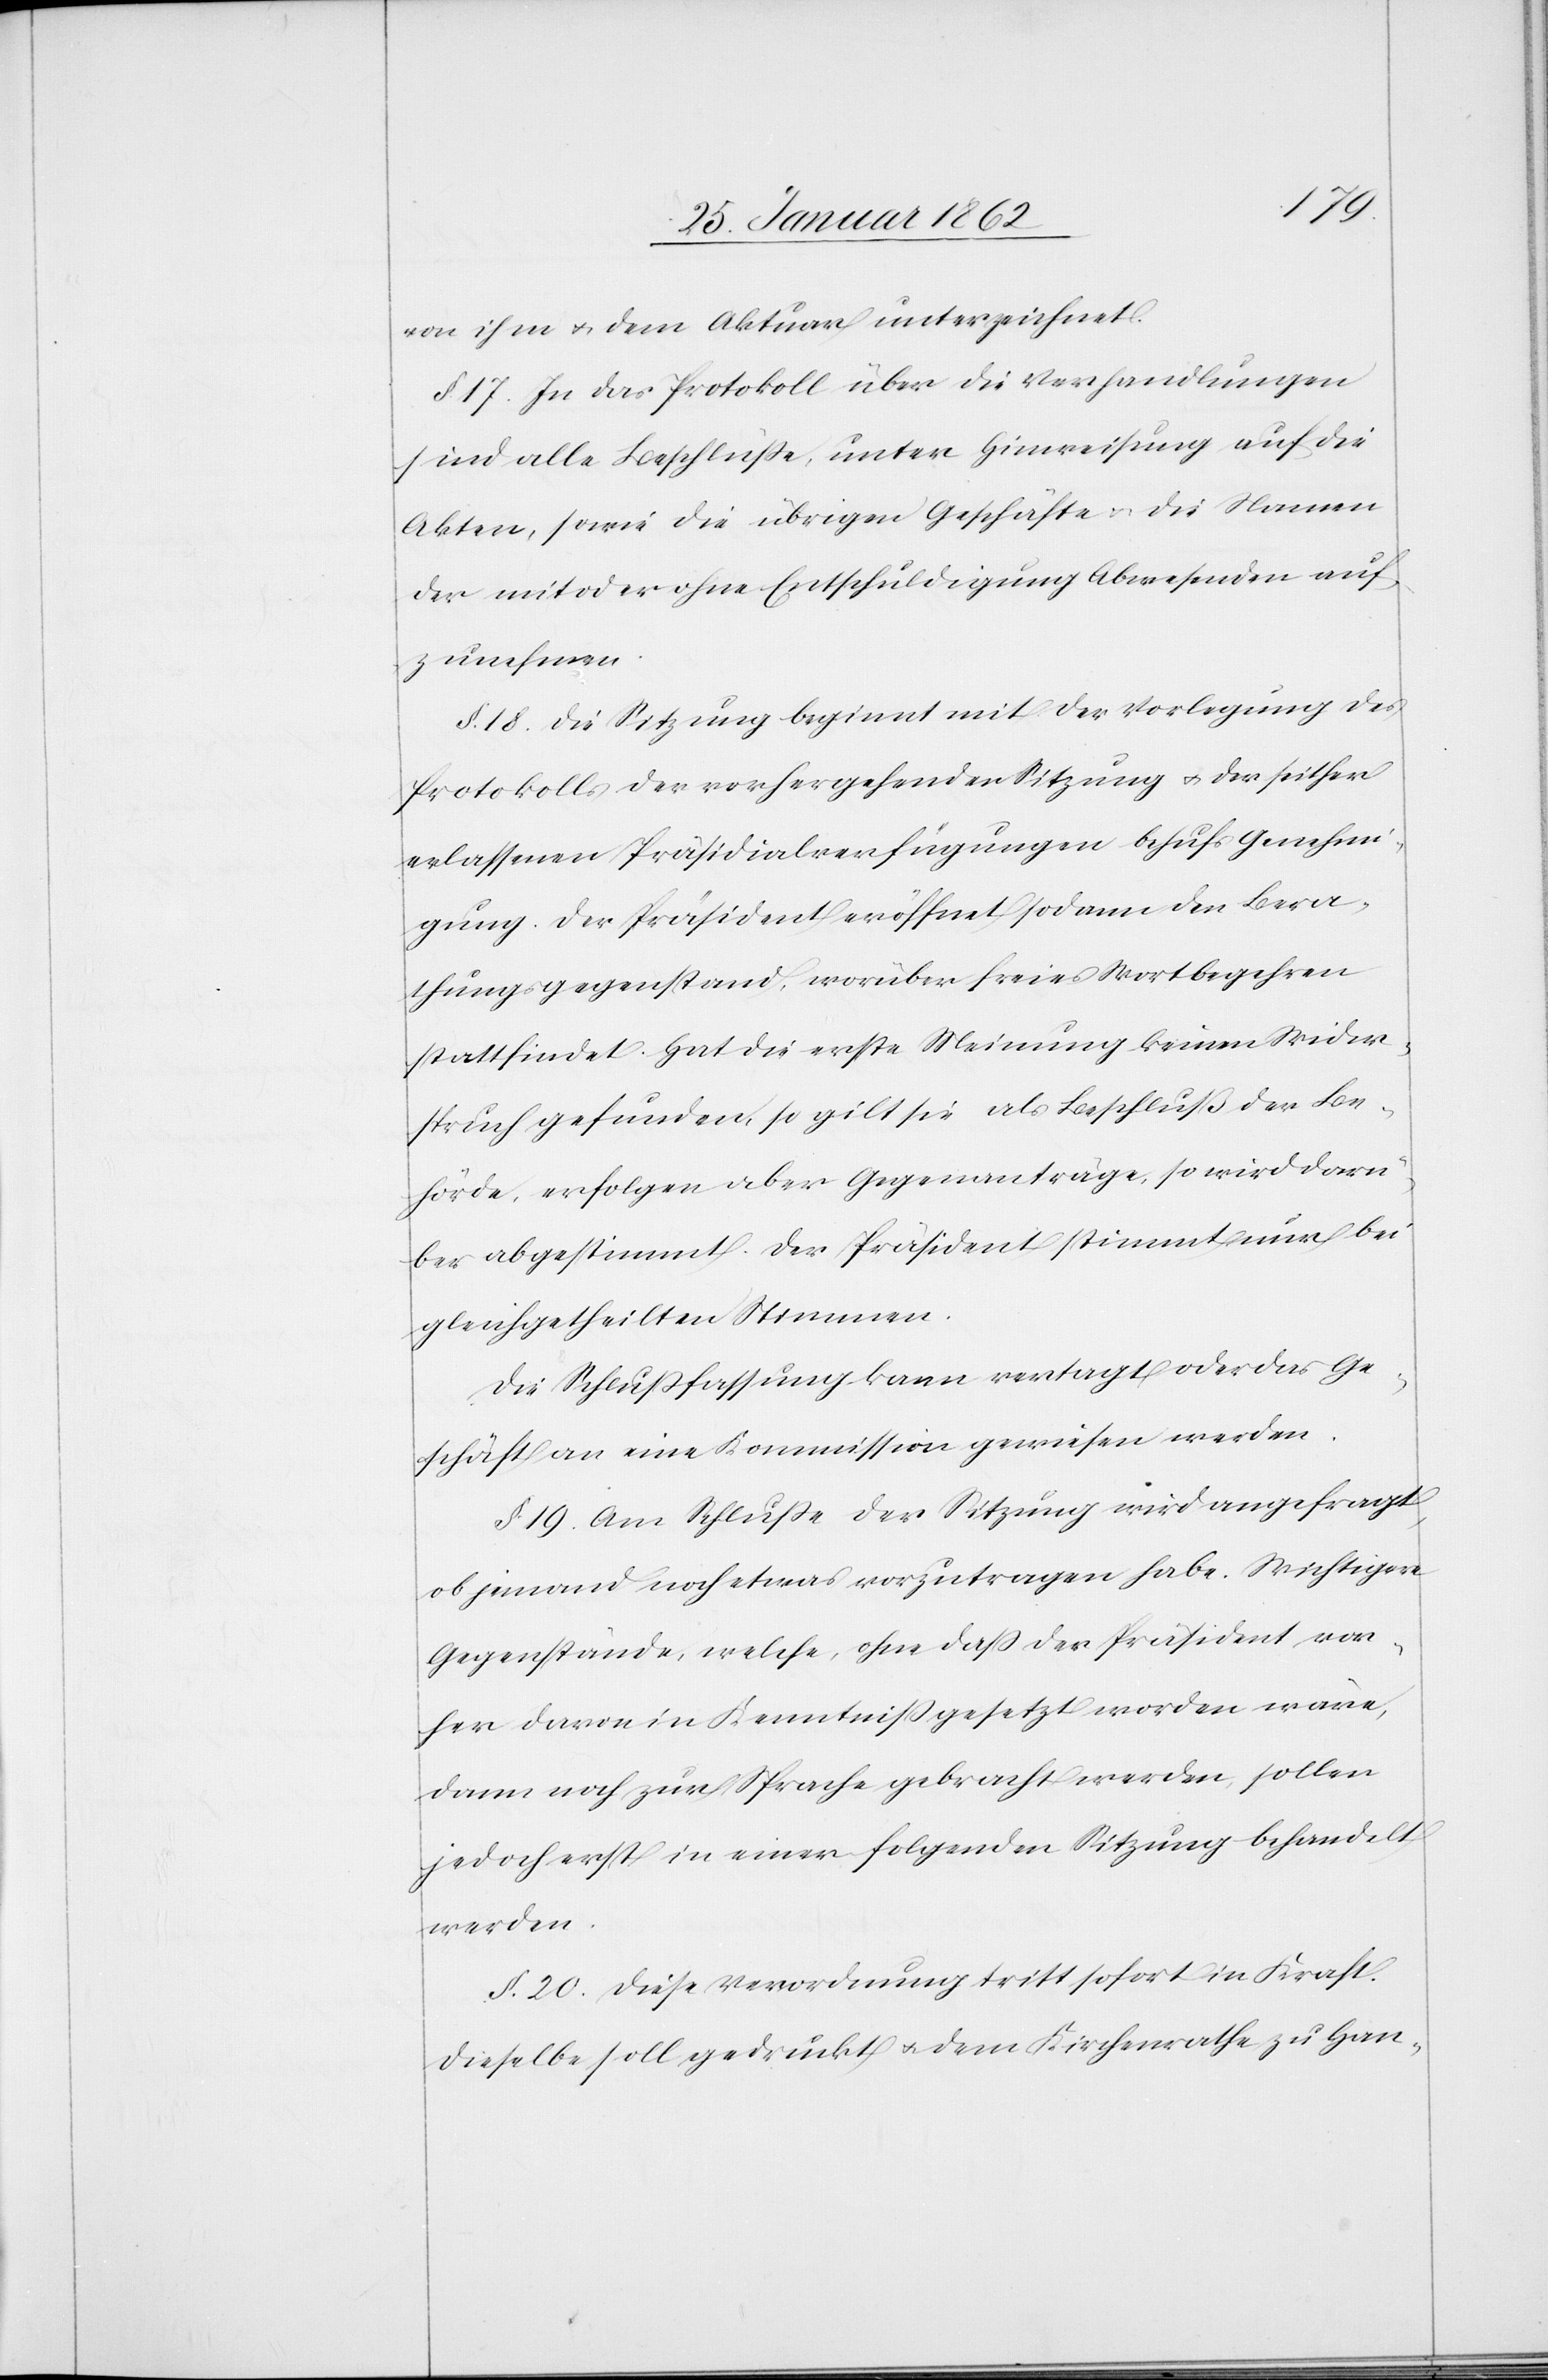
von ihm u. dem Aktuare unterzeichnet.
§. 17. In das Protokoll über die Verhandlungen
sind alle Beschlüße, unter Hinweisung auf die
Akten, sowie die übrigen Geschäfte u. die Namen
der mit oder ohne Entschuldigung Abwesenden auf¬
zunehmen.
§. 18. Die Sitzung beginnt mit der Vorlegung des
Protokolls der vorhergehenden Sitzung u. der seither
erlassenen Präsidialverfügungen behufs Genehmi¬
gung. Der Präsident eröffnet sodann den Bera¬
thungsgegenstand, worüber freies Wortbegehren
stattfindet. Hat die erste Meinung keinen Wider¬
spruch gefunden, so gilt sie als Beschluß der Be¬
hörde, erfolgen aber Gegenanträge, so wird darü¬
ber abgestimmt. Der Präsident stimmt nur bei
gleichgetheilten Stimmen.
Die Schlußfassung kann vertagt oder das Ge¬
schäft an eine Kommission gewiesen werden.
§. 19. Am Schluße der Sitzung wird angefragt,
ob jemand noch etwas vorzutragen habe. Wichtigere
Gegenstände, welche, ohne daß der Präsident vor¬
her davon in Kenntniß gesetzt worden wäre,
dann noch zur Sprache gebracht werden, sollen
jedoch erst in einer folgenden Sitzung behandelt
werden.
§. 20. Diese Verordnung tritt sofort in Kraft.
Dieselbe soll gedruckt u. dem Kirchenrathe zu Hand-